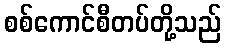
စစ်ကောင်စီတပ်တို့သည်